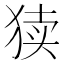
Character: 𱮀